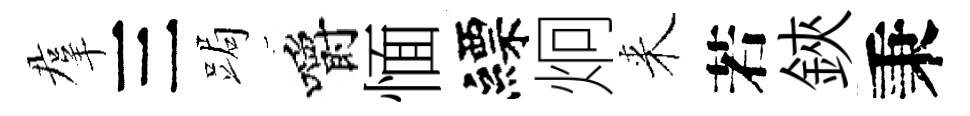
羣三跼嚼愐縹炯来若鋏秉